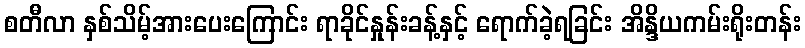
စတီလာ နှစ်သိမ့်အားပေးကြောင်း ရာခိုင်နှုန်းခန့်နှင့် ရောက်ခဲ့ရခြင်း အိန္ဒိယကမ်းရိုးတန်း